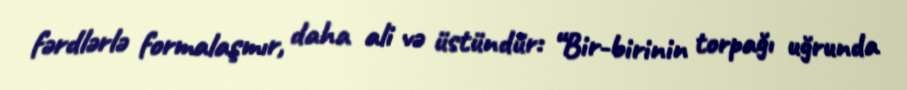
fərdlərlə formalaşmır, daha ali və üstündür: “Bir-birinin torpağı uğrunda